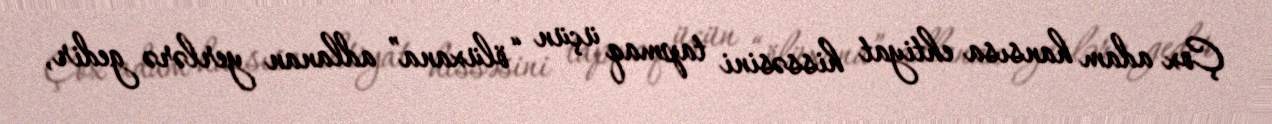
Çox adam hansısa ehtiyat hissəsini tapmaq üçün “ölüxana” adlanan yerlərə gedir,